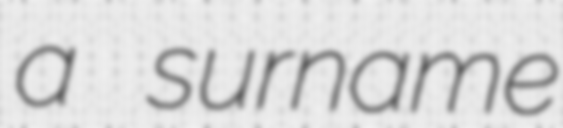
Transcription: a surname